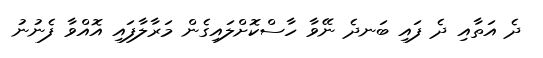
ދެ އަތާއި ދެ ފައި ބަނދެ ނޭވާ ހާސްކޮށްލައިގެން މަރާލާފައި އޮއްވާ ފެނުނު